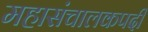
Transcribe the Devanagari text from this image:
महासंचालकपदी